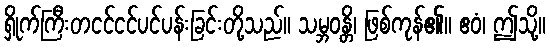
ရှိုက်ကြီးတငင်ငင်ပင်ပန်းခြင်းတို့သည်။ သမ္ဘဝန္တိ၊ ဖြစ်ကုန်၏။ ဧဝံ၊ ဤသို့။